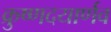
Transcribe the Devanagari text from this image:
क्रुष्णदयार्णव